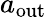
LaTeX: a_{\mathrm{out}}